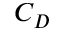
C _ { D }